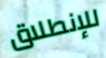
للإنطلاق